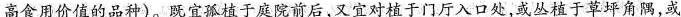
高食用价值的品种)。既宜孤植于庭院前后，又宜对植于门厅入口处，或丛植于草坪角隅，或